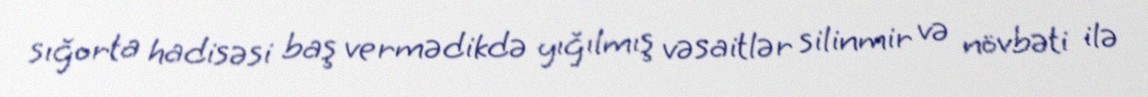
sığorta hadisəsi baş vermədikdə yığılmış vəsaitlər silinmir və növbəti ilə